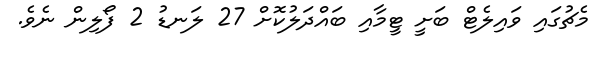
މެޗުގައި ވައިލެޓް ބަށީ ޓީމާއި ބައްދަލުކޮށް 27 ލަނޑު 2 ފޯލިން ނެވެ.